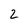
Character: 2